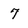
Character: 7